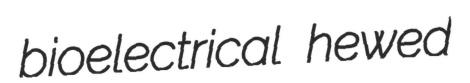
bioelectrical hewed